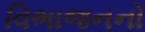
વિભાજનનો